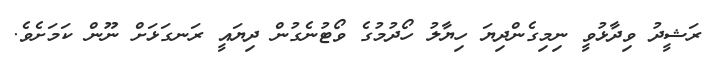
ރަޝީދު ވިދާޅުވީ ނިމިގެންދިޔަ ހިޔާލު ހޯދުމުގެ ވޯޓުނެގުން ދިޔައީ ރަނގަޅަށް ނޫން ކަމަށެވެ.